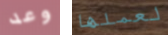
وعد لعملها